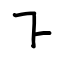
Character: ㇅